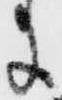
に